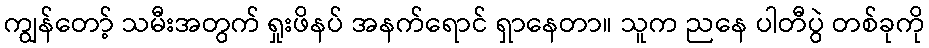
ကျွန်တော့် သမီးအတွက် ရှုးဖိနပ် အနက်ရောင် ရှာနေတာ။ သူက ညနေ ပါတီပွဲ တစ်ခုကို